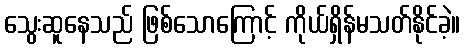
သွေးဆူနေသည် ဖြစ်သောကြောင့် ကိုယ်ရှိန်မသတ်နိုင်ခဲ့။